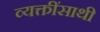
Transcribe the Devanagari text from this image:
व्यक्तींसाथी